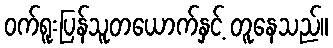
ဝက်ရူးပြန်သူတယောက်နှင့် တူနေသည်။